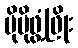
ပိုမိုဖွံ့ဖြိုး